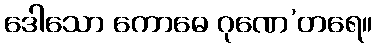
ဒေါသော ကောဓေ ဂုဏေ’တရေ။